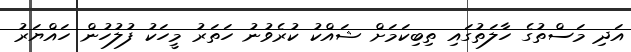
އަދި މަސްތުގެ ހާލަތުގައި ތިބިކަމަށް ޝައްކު ކުރެވުނު ހަތަރު މީހަކު ފުލުހުން ހައްޔަރު